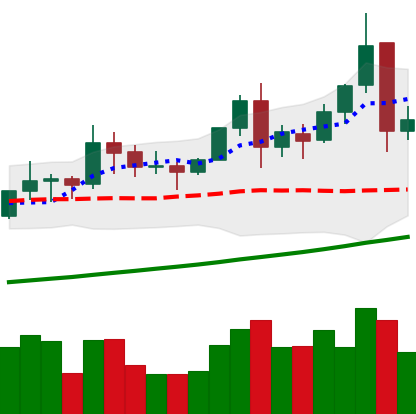
Ticker: TRX-USD
Chart end date: 2021-11-17
Forward return: -8.456%
Label: down_7plus